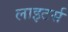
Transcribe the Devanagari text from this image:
लाइटर्स